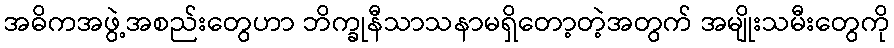
အဓိကအဖွဲ့အစည်းတွေဟာ ဘိက္ခုနီသာသနာမရှိတော့တဲ့အတွက် အမျိုးသမီးတွေကို